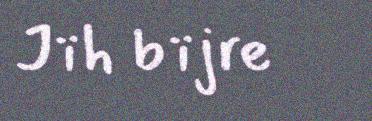
Jïh bïjre